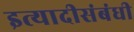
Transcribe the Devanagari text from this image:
इत्यादीसंबंधी